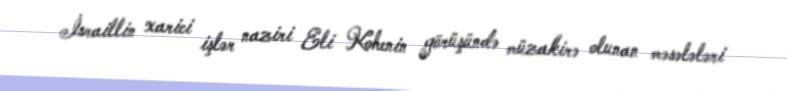
İsraillin xarici işlər naziri Eli Kohenin görüşündə müzakirə olunan məsələləri